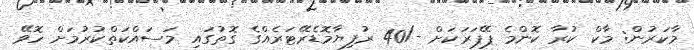
މާކަރުން: މާކް ކުރާ ކޮންމެ ޕޭޕަރަކަށް -/40 ރުފިޔާމޮޑެރޭޓަރެއްގެ ގޮތުގައި މަސައްކަތްކުރުމަށް ހޮވޭ